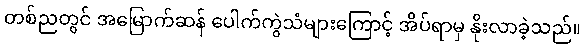
တစ်ညတွင် အမြောက်ဆန် ပေါက်ကွဲသံများကြောင့် အိပ်ရာမှ နိုးလာခဲ့သည်။